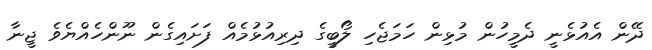
ދޭން އެއުޅެނީ ދެމީހުން މުޅިން ހަމަޖެހި ލޯބީގެ ދިރިއުޅުމެއް ފަށައިގެން ނޫންހެއްޔެވެ ޖީނާ